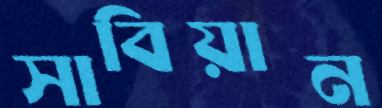
সাবিয়ান